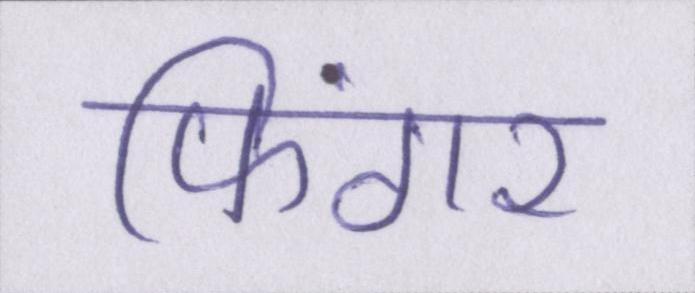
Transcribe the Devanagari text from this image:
फिंगर